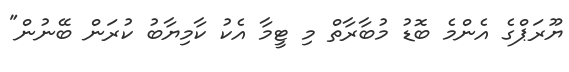
ޔޫރަޕްގެ އެންމެ ބޮޑު މުބާރާތް މި ޓީމާ އެކު ކާމިޔާބު ކުރަން ބޭނުން"